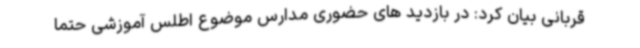
قربانی بیان کرد: در بازدید های حضوری مدارس موضوع اطلس آموزشی حتما